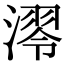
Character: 𣼢